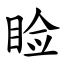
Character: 睑